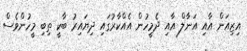
އިޒިއަން އާއި އަނާލް އާއި ދެމީހުން އެއްކާރުގައި ދިޔައިރު ބާކީ ތިބި މީހުންވެސް